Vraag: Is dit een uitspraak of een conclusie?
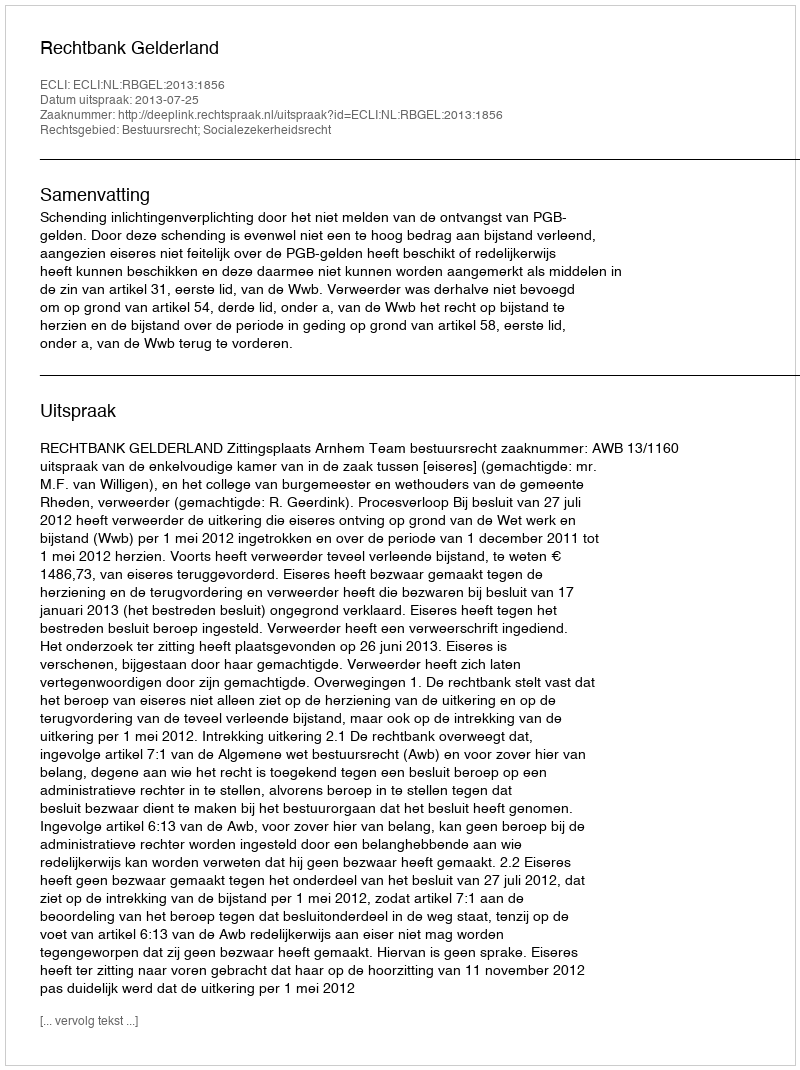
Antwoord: Uitspraak